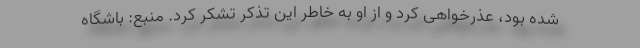
شده بود، عذرخواهی کرد و از او به خاطر این تذکر تشکر کرد. منبع: باشگاه